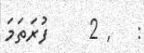
: